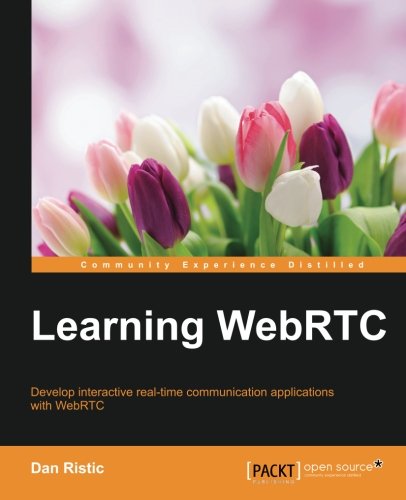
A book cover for Learning WebRTC; Dan Ristic; Computers & Technology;